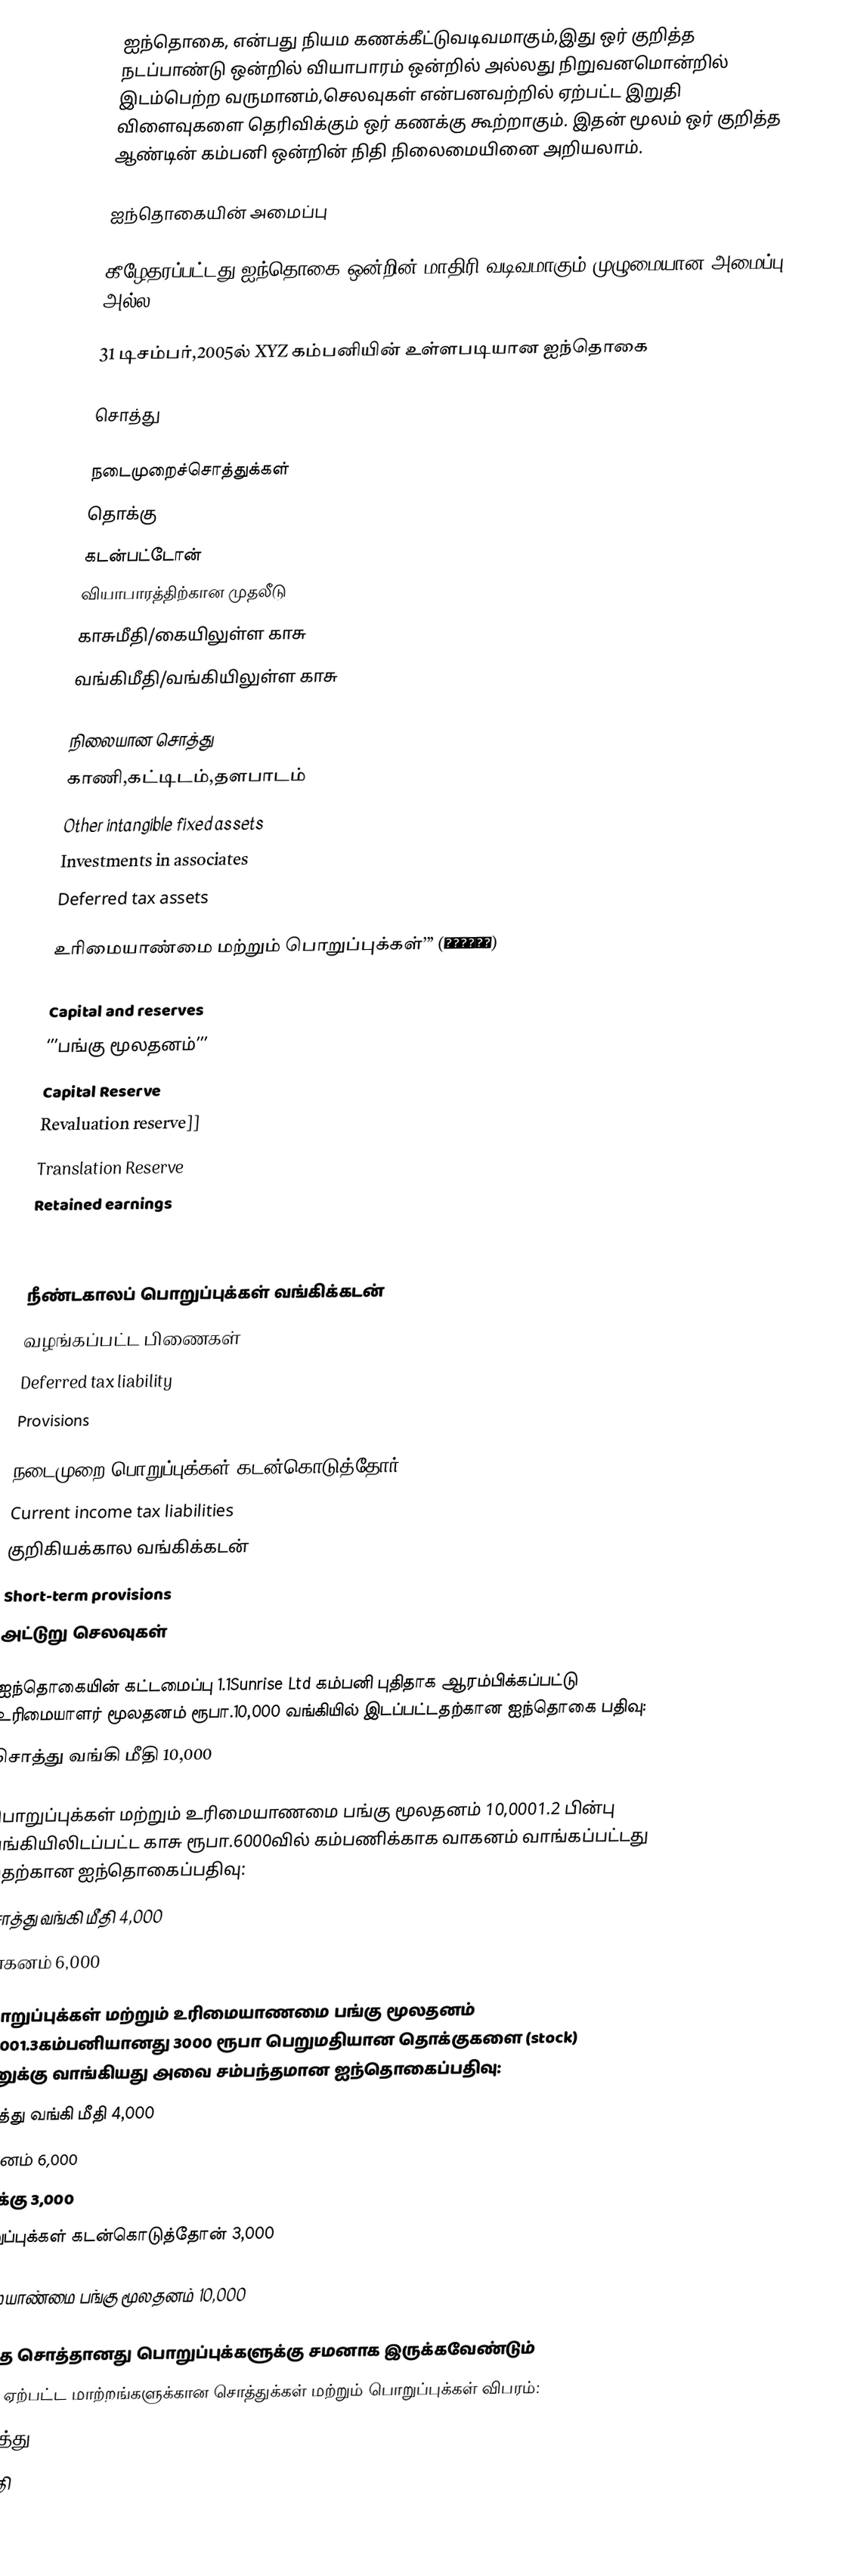
ஐந்தொகை, என்பது நியம கணக்கீட்டுவடிவமாகும்,இது ஒர் குறித்த நடப்பாண்டு ஒன்றில் வியாபாரம் ஒன்றில் அல்லது நிறுவனமொன்றில் இடம்பெற்ற வருமானம்,செலவுகள் என்பனவற்றில் ஏற்பட்ட இறுதி விளைவுகளை தெரிவிக்கும் ஒர் கணக்கு கூற்றாகும். இதன் மூலம் ஒர் குறித்த ஆண்டின் கம்பனி ஒன்றின் நிதி நிலைமையினை அறியலாம்.

ஐந்தொகையின் அமைப்பு

 கீழேதரப்பட்டது ஐந்தொகை ஒன்றின் மாதிரி வடிவமாகும்.முழுமையான அமைப்பு அல்ல.

 31 டிசம்பர்,2005ல் XYZ கம்பனியின் உள்ளபடியான ஐந்தொகை

 சொத்து

 நடைமுறைச்சொத்துக்கள்
 தொக்கு
 கடன்பட்டோன்
 வியாபாரத்திற்கான முதலீடு
 காசுமீதி/கையிலுள்ள காசு
 வங்கிமீதி/வங்கியிலுள்ள காசு

 நிலையான சொத்து
 காணி,கட்டிடம்,தளபாடம்
 Other intangible fixed assets
 Investments in associates
 Deferred tax assets

 உரிமையாண்மை மற்றும் பொறுப்புக்கள்’’’ (මූලධනය)

 Capital and reserves
 ‘’’பங்கு மூலதனம்’’’
 Capital Reserve
 Revaluation reserve]]
 Translation Reserve
 Retained earnings

 Minority interest

 நீண்டகாலப் பொறுப்புக்கள் வங்கிக்கடன்
 வழங்கப்பட்ட பிணைகள்
 Deferred tax liability
 Provisions

 நடைமுறை பொறுப்புக்கள் கடன்கொடுத்தோர்
 Current income tax liabilities
 குறிகியக்கால வங்கிக்கடன்
 Short-term provisions
 அட்டுறு செலவுகள்

 ஐந்தொகையின் கட்டமைப்பு 1.1Sunrise Ltd கம்பனி புதிதாக ஆரம்பிக்கப்பட்டு உரிமையாளர் மூலதனம் ரூபா.10,000 வங்கியில் இடப்பட்டதற்கான ஐந்தொகை பதிவு:
 சொத்து வங்கி மீதி		             10,000

 பொறுப்புக்கள் மற்றும் உரிமையாணமை பங்கு மூலதனம்		10,0001.2 பின்பு வங்கியிலிடப்பட்ட காசு ரூபா.6000வில் கம்பணிக்காக வாகனம் வாங்கப்பட்டது இதற்கான ஐந்தொகைப்பதிவு:
 சொத்து வங்கி மீதி			 4,000
 வாகனம்			 6,000

  பொறுப்புக்கள் மற்றும் உரிமையாணமை பங்கு மூலதனம்		      10,0001.3கம்பனியானது 3000 ரூபா பெறுமதியான தொக்குகளை (stock) கடனுக்கு வாங்கியது அவை சம்பந்தமான ஐந்தொகைப்பதிவு:
 சொத்து வங்கி மீதி			 4,000
 வாகனம்			 6,000
 தொக்கு			       3,000
 பொறுப்புக்கள் கடன்கொடுத்தோன்		 3,000

 உரிமையாண்மை பங்கு மூலதனம்		       10,000

மொத்த சொத்தானது பொறுப்புக்களுக்கு சமனாக இருக்கவேண்டும்
பின்னர் ஏற்பட்ட மாற்றங்களுக்கான சொத்துக்கள் மற்றும் பொறுப்புக்கள் விபரம்:
 ‘’’சொத்து’’’
 வங்கி மீதி